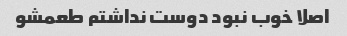
اصلا خوب نبود دوست نداشتم طعمشو